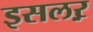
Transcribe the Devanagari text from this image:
इसलऱ़